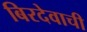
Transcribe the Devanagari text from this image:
बिरदेवाची